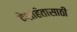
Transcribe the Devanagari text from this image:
देशहितासाठी